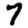
Digit: 7